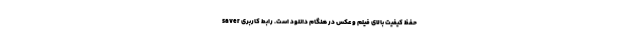
saver حفظ کیفیت بالای فیلم و عکس در هنگام دانلود است. رابط کاربری